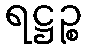
ရဋ္ဌဉ္စ